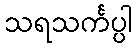
သရသင်္ကပ္ပါ